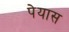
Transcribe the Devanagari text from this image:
पेयास